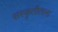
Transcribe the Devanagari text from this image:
संस्कृतीतला